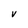
Character: V